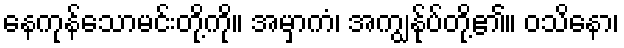
နေကုန်သောမင်းတို့ကို။ အမှာကံ၊ အကျွန်ုပ်တို့၏။ ဝသိနော၊